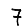
Digit: 7